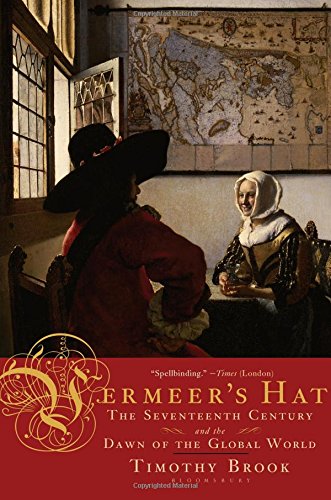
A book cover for Vermeer's Hat: The Seventeenth Century and the Dawn of the Global World; Timothy Brook; History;